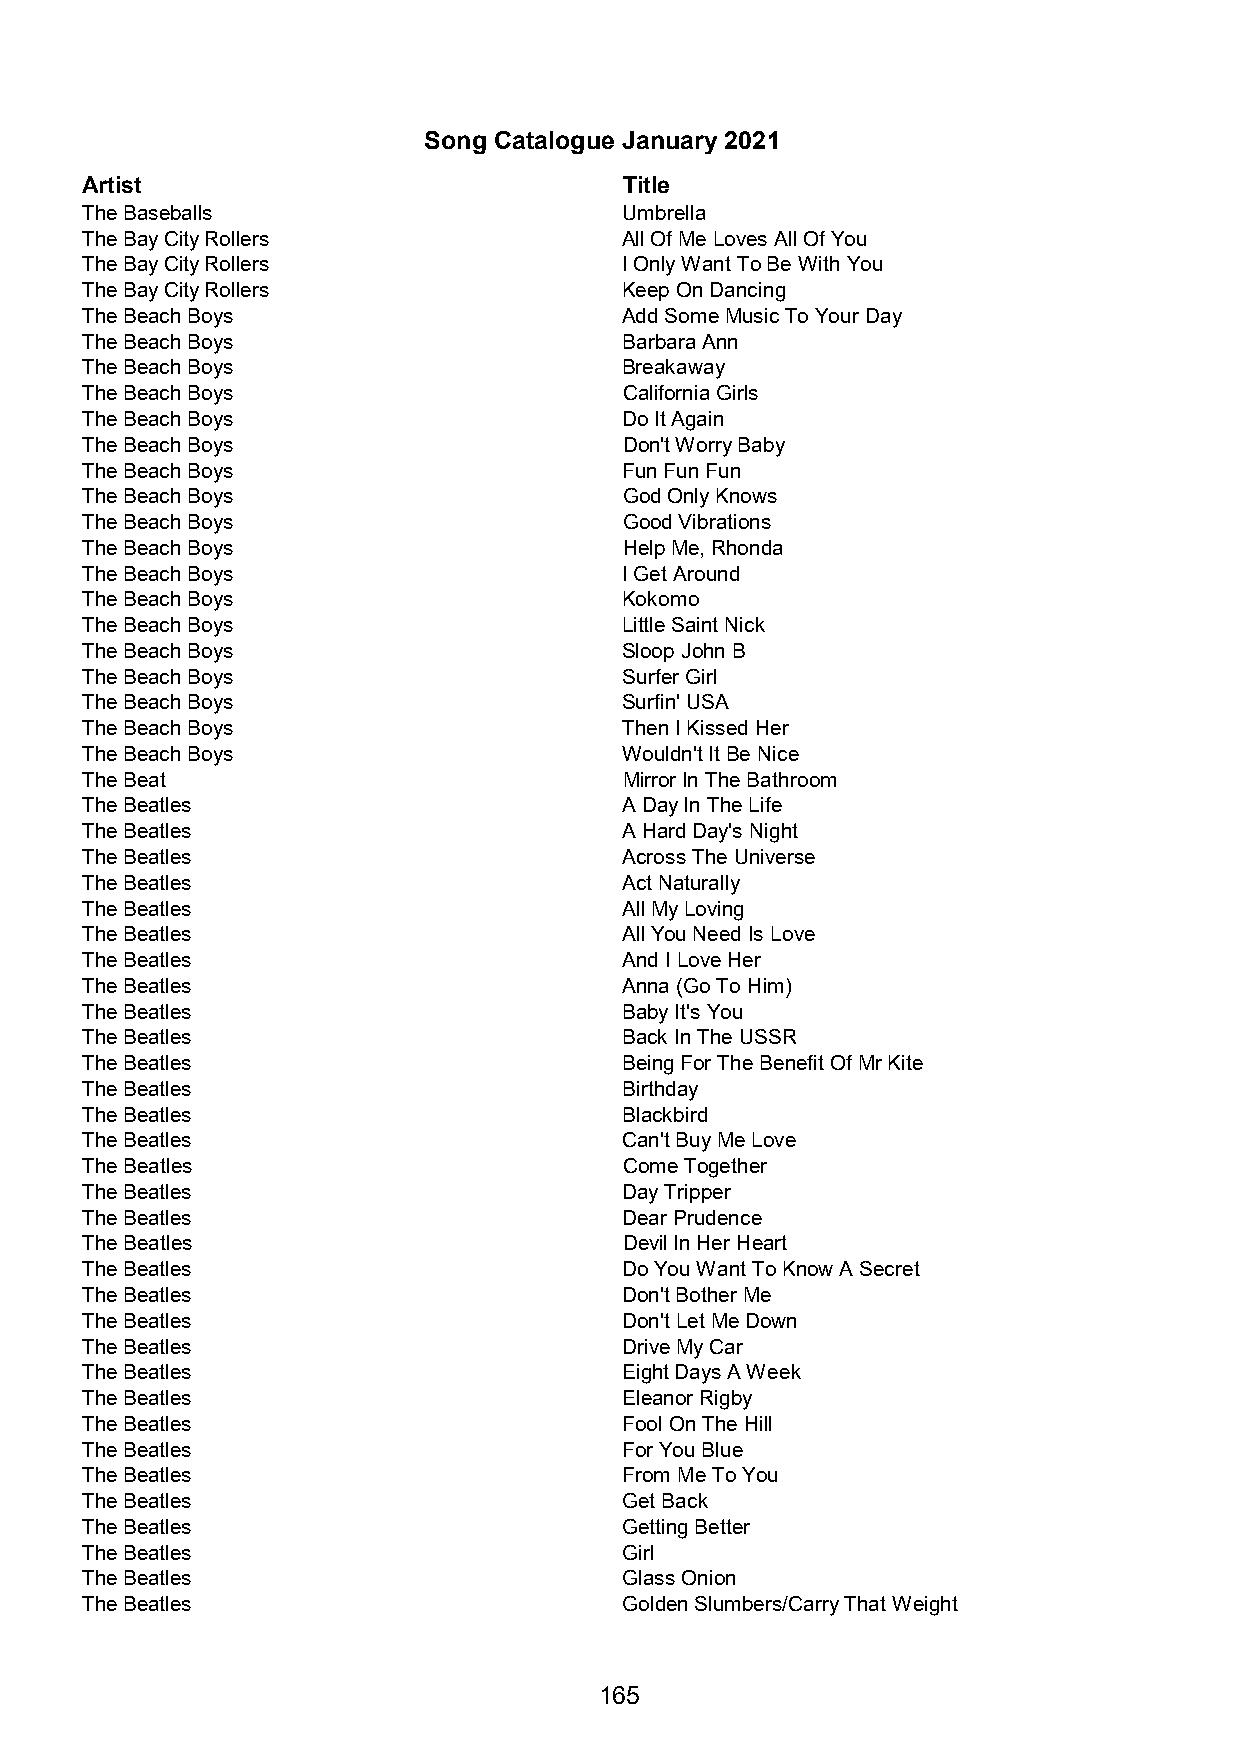
Song Catalogue January 2021
 Artist                              Title
 The Baseballs                       Umbrella
 The Bay City Rollers                All Of Me Loves All Of You
 The Bay City Rollers                I Only Want To Be With You
 The Bay City Rollers                Keep On Dancing
 The Beach Boys                      Add Some Music To Your Day
 The Beach Boys                      Barbara Ann
 The Beach Boys                      Breakaway
 The Beach Boys                      California Girls
 The Beach Boys                      Do It Again
 The Beach Boys                      Don't Worry Baby
 The Beach Boys                      Fun Fun Fun
 The Beach Boys                      God Only Knows
 The Beach Boys                      Good Vibrations
 The Beach Boys                      Help Me, Rhonda
 The Beach Boys                      I Get Around
 The Beach Boys                      Kokomo
 The Beach Boys                      Little Saint Nick
 The Beach Boys                      Sloop John B
 The Beach Boys                      Surfer Girl
 The Beach Boys                      Surfin' USA
 The Beach Boys                      Then I Kissed Her
 The Beach Boys                      Wouldn't It Be Nice
 The Beat                            Mirror In The Bathroom
 The Beatles                         A Day In The Life
 The Beatles                         A Hard Day's Night
 The Beatles                         Across The Universe
 The Beatles                         Act Naturally
 The Beatles                         All My Loving
 The Beatles                         All You Need Is Love
 The Beatles                         And I Love Her
 The Beatles                         Anna (Go To Him)
 The Beatles                         Baby It's You
 The Beatles                         Back In The USSR
 The Beatles                         Being For The Benefit Of Mr Kite
 The Beatles                         Birthday
 The Beatles                         Blackbird
 The Beatles                         Can't Buy Me Love
 The Beatles                         Come Together
 The Beatles                         Day Tripper
 The Beatles                         Dear Prudence
 The Beatles                         Devil In Her Heart
 The Beatles                         Do You Want To Know A Secret
 The Beatles                         Don't Bother Me
 The Beatles                         Don't Let Me Down
 The Beatles                         Drive My Car
 The Beatles                         Eight Days A Week
 The Beatles                         Eleanor Rigby
 The Beatles                         Fool On The Hill
 The Beatles                         For You Blue
 The Beatles                         From Me To You
 The Beatles                         Get Back
 The Beatles                         Getting Better
 The Beatles                         Girl
 The Beatles                         Glass Onion
 The Beatles                         Golden Slumbers/Carry That Weight
 165